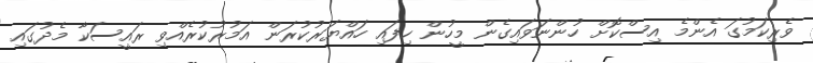
ވެރިކަމުގަ އެންމެ އިސްކޮށް ހުންނަވައިގެން މީހުން ހިފައި ހައްޔަރުކުރަން އަމުރުކުރެއްވި ރައީސަކާ މެދުގައި